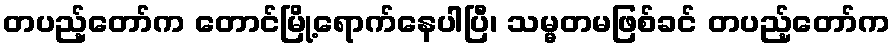
တပည့်တော်က တောင်မြို့ရောက်နေပါပြီ၊ သမ္မတမဖြစ်ခင် တပည့်တော်က